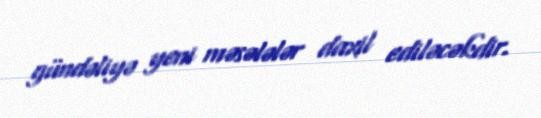
gündəliyə yeni məsələlər daxil ediləcəkdir.